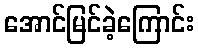
အောင်မြင်ခဲ့ကြောင်း